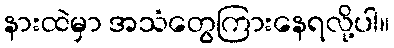
နားထဲမှာ အသံတွေကြားနေရလို့ပါ။